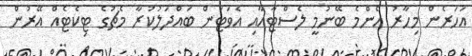
އަހަރެން މިހާރު އެންމެ ބޭނުމީ ލެސްޓާއާއި އެވަޓަން ބައްދަލުކުރާ މެޗުގެ ޓިކެޓެއް އޭރުން